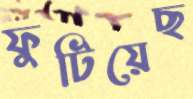
ফুটিয়েছ